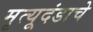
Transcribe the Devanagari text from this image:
मृत्यूदंडाचे